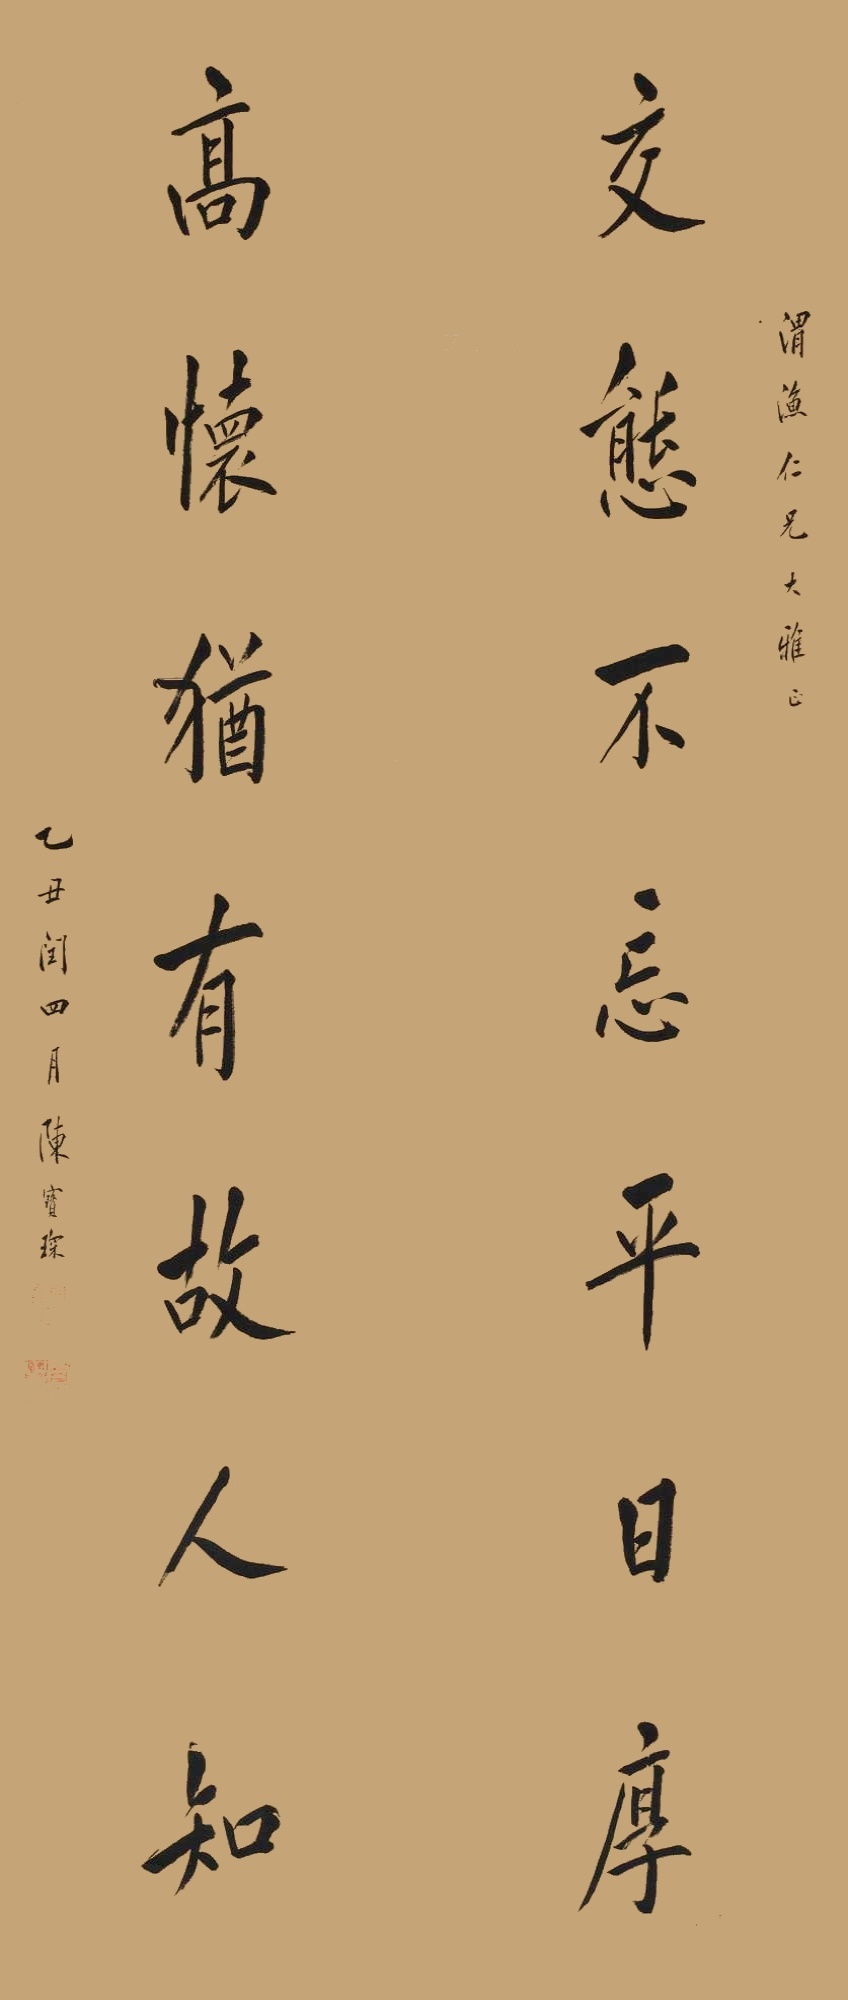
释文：交态不忘平日厚，高怀犹有故人知。渭渔仁兄大雅正。乙丑闰四月，陈宝琛。